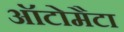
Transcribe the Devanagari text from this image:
ऑटोमैटा